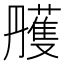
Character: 雘